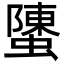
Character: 螴